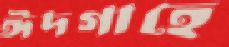
ঈদগাহে